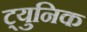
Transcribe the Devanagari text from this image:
ट्युनिक